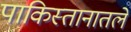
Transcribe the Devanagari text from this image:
पाकिस्तानातले